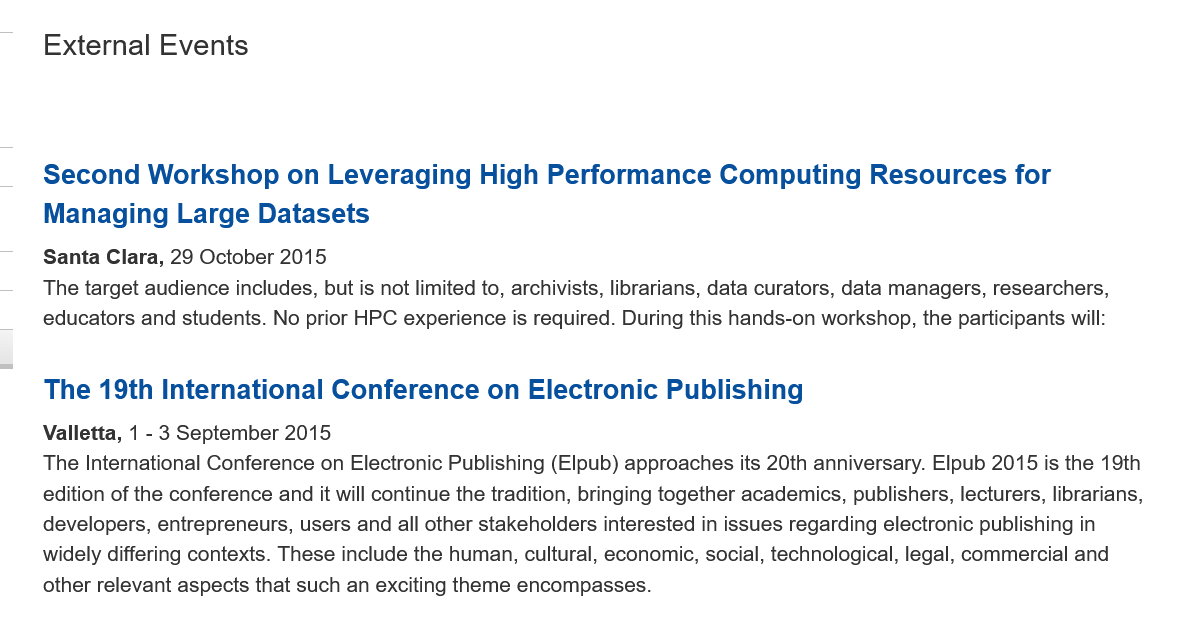
External    Events
     Second    Workshop    on    Leveraging    High   Performance    Computing    Resources   for
     Managing    Larae   Datasets
     Santa Clara, 29 October 2015
     The target audience includes, but is not limited to, archivists, librarians, data curators, data managers, researchers.
     educators and students. No prior HPC experience is required. During this hands-on workshop, the participants will:
     The   19th  International    Conference    on   Electronic   Publishing
     Valletta, 1
     -
     3 September 2015
     The International Conference on Electronic Publishing (Elpub) approaches its 20th anniversary. Elpub 2015 is the 19th
     edition of the conference and it will continue the tradition, bringing together academics, publishers, lecturers, librarians,
     developers, entrepreneurs, users and all other stakeholders interested in issues regarding electronic publishing in
     widely differing contexts. These include the human, cultural, economic, social, technological, legal, commercial and
     other relevant aspects that such an exciting theme encompasses.